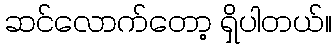
ဆင်လောက်တော့ ရှိပါတယ်။